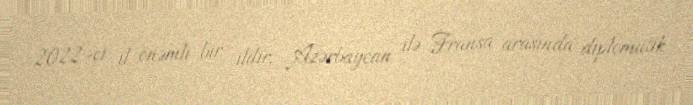
2022-ci il önəmli bir ildir, Azərbaycan ilə Fransa arasında diplomatik